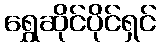
ရွှေဆိုင်ပိုင်ရှင်